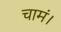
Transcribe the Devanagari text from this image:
चामं।